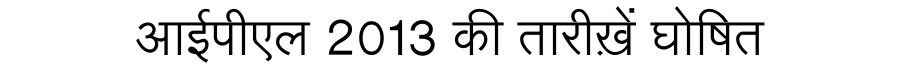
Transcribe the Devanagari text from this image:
आईपीएल 2013 की तारीख़ें घोषित